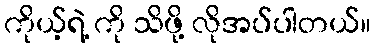
ကိုယ့်ရဲ့ ကို သိဖို့ လိုအပ်ပါတယ်။